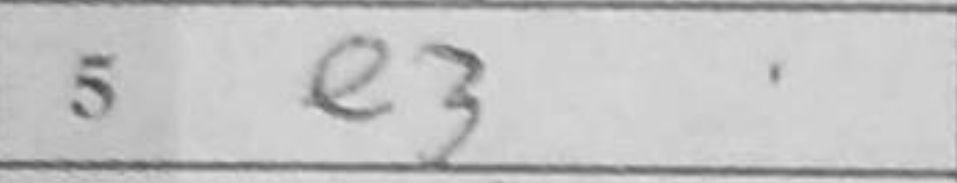
Transcription: e3